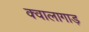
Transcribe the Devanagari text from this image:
क्वालागाड़